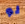
لو